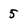
Character: 5